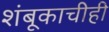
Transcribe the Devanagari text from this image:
शंबूकाचीही